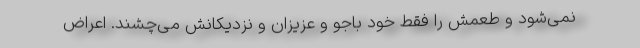
نمی‌شود و طعمش را فقط خود باجو و عزیزان و نزدیکانش می‌چشند. اعراض